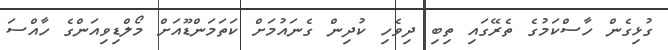
ގުޅިގެން ހާސްކަމުގެ ތެރޭގައި ތިބި ދިވެހި ކުދިން ގެނައުމަށް ކަތަމަންޑޫއަށް މޯލްޑިވިއަންގެ ހާއްސަ